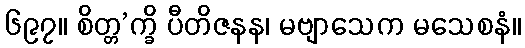
၆၉၇။ စိတ္တ’က္ခိ ပီတိဇနန၊ မဗျာသေက မသေစနံ။